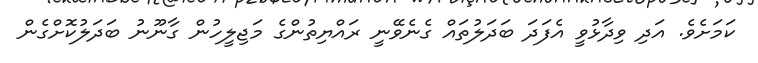
ކަމަށެވެ. އަދި ވިދާޅުވީ އެފަދަ ބަދަލުތައް ގެނެވޭނީ ރައްޔިތުންގެ މަޖިލީހުން ގާނޫނު ބަދަލުކޮށްގެން